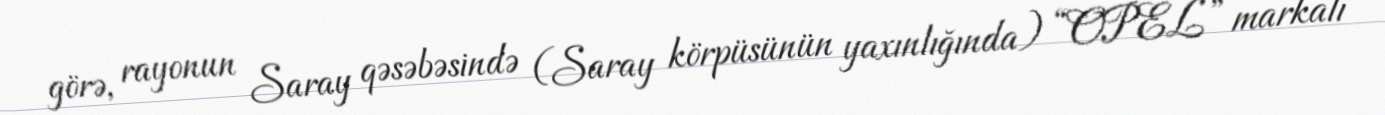
görə, rayonun Saray qəsəbəsində (Saray körpüsünün yaxınlığında) “OPEL” markalı